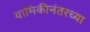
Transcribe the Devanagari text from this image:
यामिकीनंतरच्या